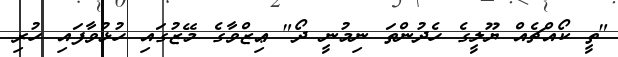
"ތީ ކޯއްޗެއް ޔޫލީގެ ހެދުންތަ ނިމުނީ ދޯ" ޢިޒްވާގެ މޭޒުގައި ހުޅުވާފައި ހުރި